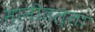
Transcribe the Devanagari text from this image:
मानीतल्ला